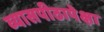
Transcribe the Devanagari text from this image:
व्यासपीठापेक्षा